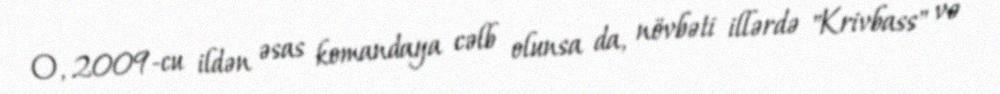
O, 2009-cu ildən əsas komandaya cəlb olunsa da, növbəti illərdə "Krivbass" və